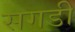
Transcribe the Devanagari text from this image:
सगडी